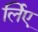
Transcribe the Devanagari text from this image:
र्लिए